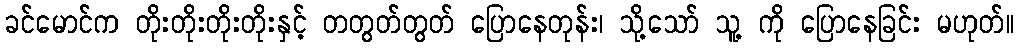
ခင်မောင်က တိုးတိုးတိုးတိုးနှင့် တတွတ်တွတ် ပြောနေတုန်း၊ သို့သော် သူ့ ကို ပြောနေခြင်း မဟုတ်။